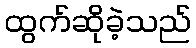
ထွက်ဆိုခဲ့သည်